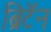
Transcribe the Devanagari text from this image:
ब्रिटॅन